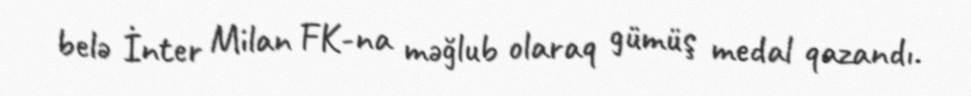
belə İnter Milan FK-na məğlub olaraq gümüş medal qazandı.